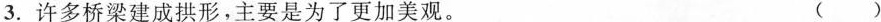
3.许多桥梁建成拱形，主要是为了更加美观。 ()